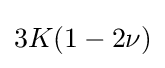
3K(1-2\nu )